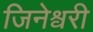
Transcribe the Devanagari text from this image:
जिनेश्वरी